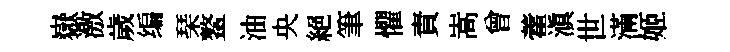
嶽激歲编琹鳌油央絕筆懼責嵩曾藿滇世滿姬